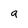
Character: a